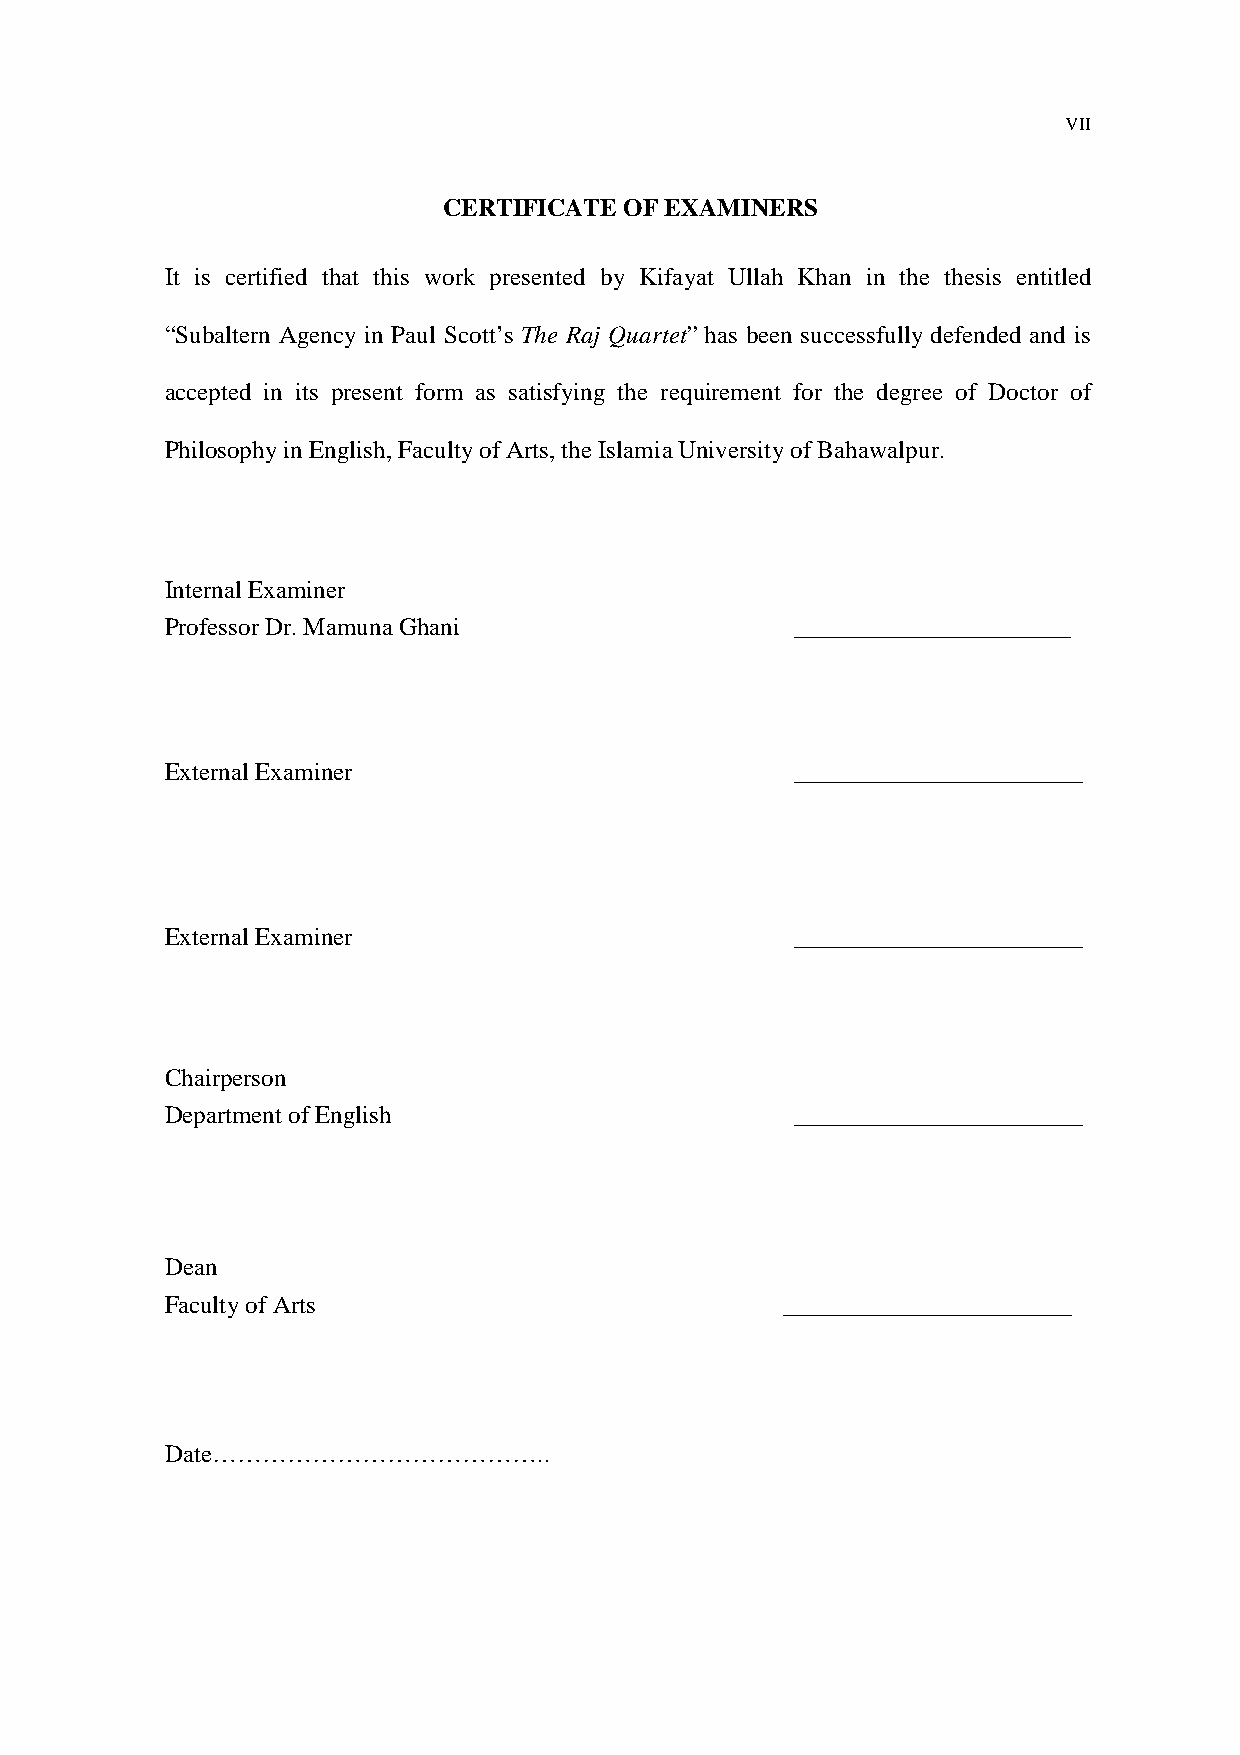
VII
 CERTIFICATE OF EXAMINERS
 It is certified that this work presented by Kifayat Ullah Khan in the thesis entitled
 “Subaltern Agency in Paul Scott’s The Raj Quartet” has been successfully defended and is
 accepted in its present form as satisfying the requirement for the degree of Doctor of
 Philosophy in English, Faculty of Arts, the Islamia University of Bahawalpur.
 Internal Examiner
 Professor Dr. Mamuna Ghani                ______________________
 External Examiner                         _______________________
 External Examiner                         _______________________
 Chairperson
 Department of English                     _______________________
 Dean
 Faculty of Arts                          _______________________
 Date…………………………………..